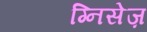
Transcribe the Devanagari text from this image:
ग्निसेज़